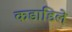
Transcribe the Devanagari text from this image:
कडाडिले